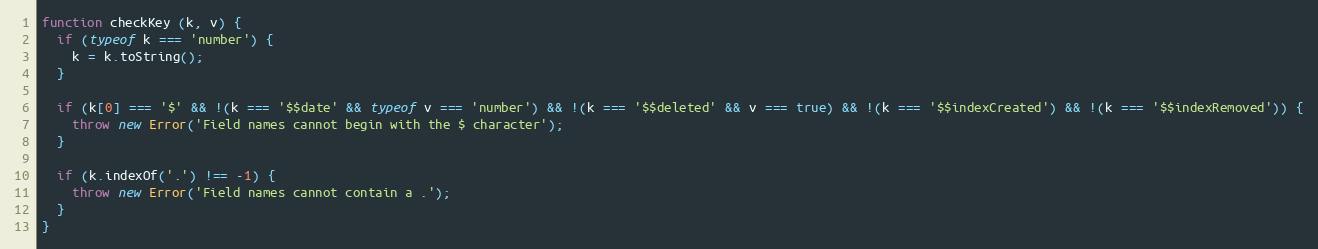
Language: JavaScript
function checkKey (k, v) {
  if (typeof k === 'number') {
    k = k.toString();
  }

  if (k[0] === '$' && !(k === '$$date' && typeof v === 'number') && !(k === '$$deleted' && v === true) && !(k === '$$indexCreated') && !(k === '$$indexRemoved')) {
    throw new Error('Field names cannot begin with the $ character');
  }

  if (k.indexOf('.') !== -1) {
    throw new Error('Field names cannot contain a .');
  }
}